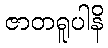
ဇာတရူပါနိ